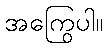
အကြွေပါ။